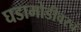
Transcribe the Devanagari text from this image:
घडामोडीवरचं